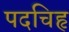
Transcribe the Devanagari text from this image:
पदचिहृ